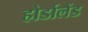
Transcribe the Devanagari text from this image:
होर्डालैंड